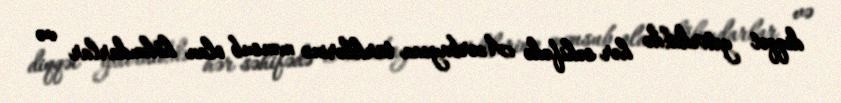
diqqət yetirdikdə hər səhifədə Azərbaycan türklərinə mənsub olan hökmdarlar və